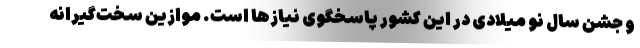
و جشن سال نو میلادی در این کشور پاسخگوی نیازها است. موازین سخت‌گیرانه